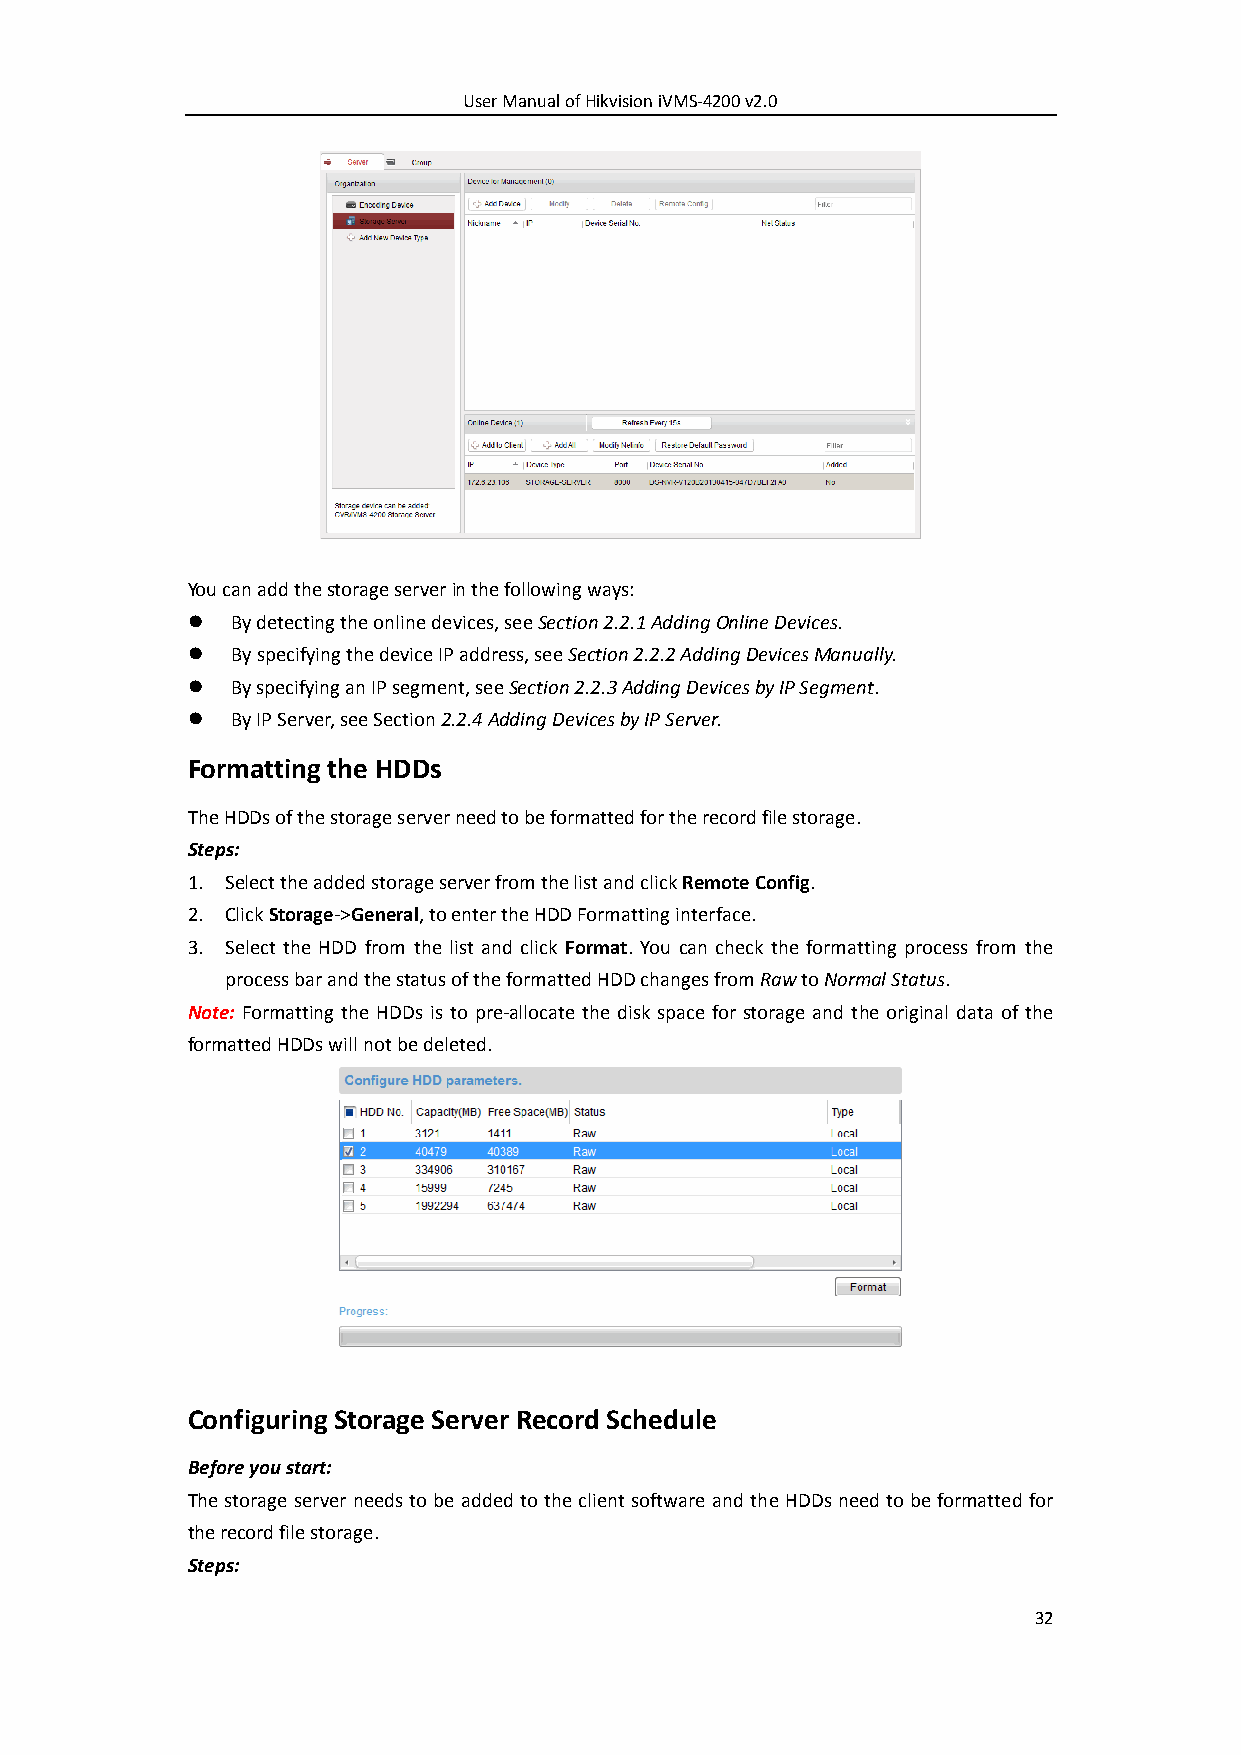
User Manual of Hikvision iVMS-4200 v2.0
 You can add the storage server in the following ways:
   By detecting the online devices, see Section 2.2.1 Adding Online Devices.
   By specifying the device IP address, see Section 2.2.2 Adding Devices Manually.
   By specifying an IP segment, see Section 2.2.3 Adding Devices by IP Segment.
   By IP Server, see Section 2.2.4 Adding Devices by IP Server.
 Formatting the HDDs
 The HDDs of the storage server need to be formatted for the record file storage.
 Steps:
 1. Select the added storage server from the list and click Remote Config.
 2. Click Storage->General, to enter the HDD Formatting interface.
 3. Select the HDD from the list and click Format. You can check the formatting process from the
 process bar and the status of the formatted HDD changes from Raw to Normal Status.
 Note: Formatting the HDDs is to pre-allocate the disk space for storage and the original data of the
 formatted HDDs will not be deleted.
 Configuring Storage Server Record Schedule
 Before you start:
 The storage server needs to be added to the client software and the HDDs need to be formatted for
 the record file storage.
 Steps:
 32